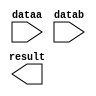
module MULT (
	dataa,
	datab,
	result);

	input	[16:0]  dataa;
	input	[16:0]  datab;
	output	[33:0]  result;

endmodule